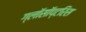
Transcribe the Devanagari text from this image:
ग्लॉसॉप्टरिस